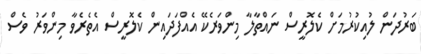
ބަރުދަން ލުއިކުރުމަށް ކެލޮރީސް ނައްތާލާ މިންވަރެކޭ އެއްފަދައިން ކެލޮރީސް އެތެރެވާ މިންވަރު ވެސް